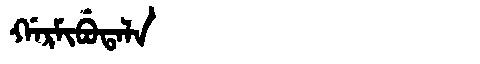
Manchu: ᡤᠠᡵᠮᡳᠪᡠᡨᠠᠯᠠ
Romanization: GARMIBUTALA